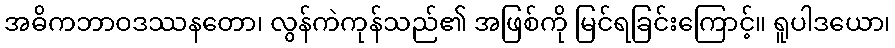
အဓိကဘာဝဒဿနတော၊ လွန်ကဲကုန်သည်၏ အဖြစ်ကို မြင်ရခြင်းကြောင့်။ ရူပါဒယော၊